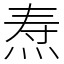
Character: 焘